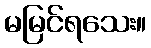
မမြင်ရသေး။